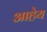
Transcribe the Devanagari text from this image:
आहेय